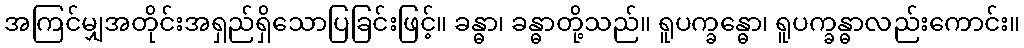
အကြင်မျှအတိုင်းအရှည်ရှိသောပြခြင်းဖြင့်။ ခန္ဓာ၊ ခန္ဓာတို့သည်။ ရူပက္ခန္ဓော၊ ရူပက္ခန္ဓာလည်းကောင်း။